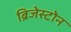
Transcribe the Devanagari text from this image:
ब्रिजेस्टोन